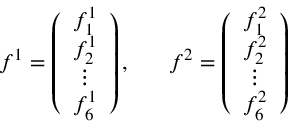
f ^ { 1 } = \left( \begin{array} { c } { { f _ { 1 } ^ { 1 } } } \\ { { f _ { 2 } ^ { 1 } } } \\ { { \vdots } } \\ { { f _ { 6 } ^ { 1 } } } \end{array} \right) , ~ ~ ~ ~ ~ f ^ { 2 } = \left( \begin{array} { c } { { f _ { 1 } ^ { 2 } } } \\ { { f _ { 2 } ^ { 2 } } } \\ { { \vdots } } \\ { { f _ { 6 } ^ { 2 } } } \end{array} \right)